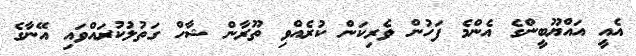
އެއީ އައްޔޫބީންގެ އެންމެ ފަހުން ވެރިކަން ކުރެއްވި ތޫރާން ޝާހް ގަތުލުކުރައްވައި އޭނާގެ